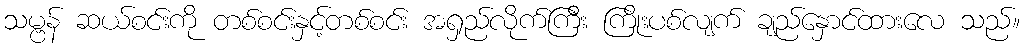
သမ္ဗန် ဆယ်စင်းကို တစ်စင်းနှင့်တစ်စင်း အရှည်လိုက်ကြီး ကြိုးပစ်လျက် ချည်နှောင်ထားလေ သည်။